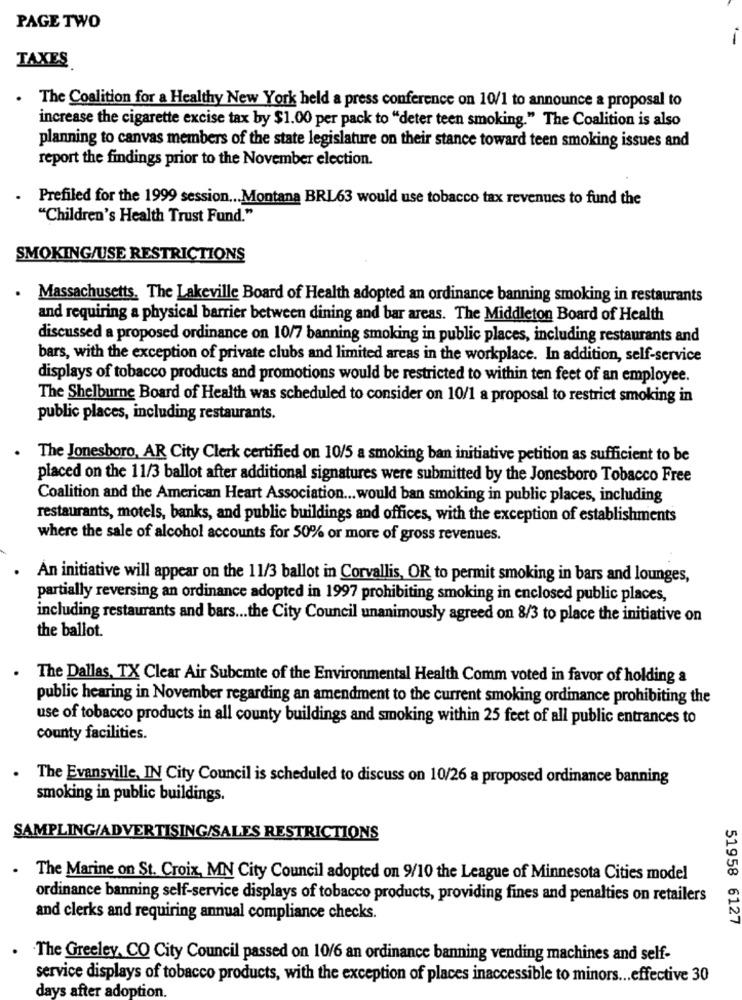
PAGE TWO
TAXES
. The Coalition for a Healthy New York held a press conference on 10/1 to announce a proposal to
increase the cigarette excise tax by $1.00 per pack to "deter teen smoking." The Coalition is also
planning to canvas members of the state legislature on their stance toward teen smoking issues and
report the findings prior to the November election.
Prefiled for the 1999 session ... Montana BRL63 would use tobacco tax revenues to fund the
"Children's Health Trust Fund."
SMOKING/USE RESTRICTIONS
.
Massachusetts. The Lakeville Board of Health adopted an ordinance banning smoking in restaurants
and requiring a physical barrier between dining and bar areas. The Middleton Board of Health
discussed a proposed ordinance on 10/7 banning smoking in public places, including restaurants and
bars, with the exception of private clubs and limited areas in the workplace. In addition, self-service
displays of tobacco products and promotions would be restricted to within ten feet of an employee.
The Shelburne Board of Health was scheduled to consider on 10/1 a proposal to restrict smoking in
public places, including restaurants.
The Jonesboro, AR City Clerk certified on 10/5 a smoking ban initiative petition as sufficient to be
placed on the 11/3 ballot after additional signatures were submitted by the Jonesboro Tobacco Free
Coalition and the American Heart Association ... would ban smoking in public places, including
restaurants, motels, banks, and public buildings and offices, with the exception of establishments
where the sale of alcohol accounts for 50% or more of gross revenues.
An initiative will appear on the 11/3 ballot in Corvallis, OR to permit smoking in bars and lounges,
partially reversing an ordinance adopted in 1997 prohibiting smoking in enclosed public places,
including restaurants and bars ... the City Council unanimously agreed on 8/3 to place the initiative on
the ballot.
The Dallas, TX Clear Air Subemte of the Environmental Health Comm voted in favor of holding a
public hearing in November regarding an amendment to the current smoking ordinance prohibiting the
use of tobacco products in all county buildings and smoking within 25 feet of all public entrances to
county facilities.
The Evansville, IN City Council is scheduled to discuss on 10/26 a proposed ordinance banning
smoking in public buildings.
SAMPLING/ADVERTISING/SALES RESTRICTIONS
.
The Marine on St. Croix, MN City Council adopted on 9/10 the League of Minnesota Cities model
ordinance banning self-service displays of tobacco products, providing fines and penalties on retailers
and clerks and requiring annual compliance checks.
51958 6127
The Greeley, CO City Council passed on 10/6 an ordinance banning vending machines and self-
service displays of tobacco products, with the exception of places inaccessible to minors ... effective 30
days after adoption.